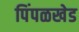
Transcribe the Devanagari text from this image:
पिंपळखेड